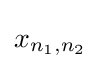
x_{n_{1},n_{2}}